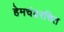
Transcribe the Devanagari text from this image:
हेमचंद्ररचित